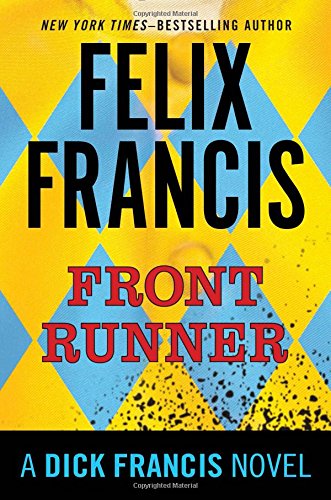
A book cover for Front Runner: A Dick Francis Novel; Felix Francis; Mystery, Thriller & Suspense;